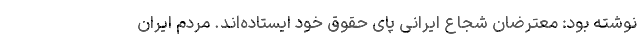
نوشته بود: معترضان شجاع ایرانی پای حقوق خود ایستاده‌اند. مردم ایران